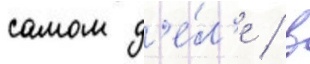
самом д'е́л'е / в